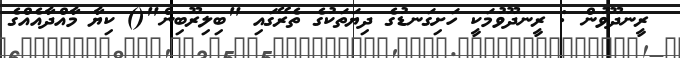
ރީނދޫވުން : ރީނދޫވުމަކީ ހަށިގަނޑުގެ ދިޔަތަކުގެ ތެރޭގައި "ބިލިރޫބިން"() ކިޔާ މާއްދާއެއްގެ